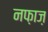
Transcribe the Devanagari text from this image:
नफ़ाज़